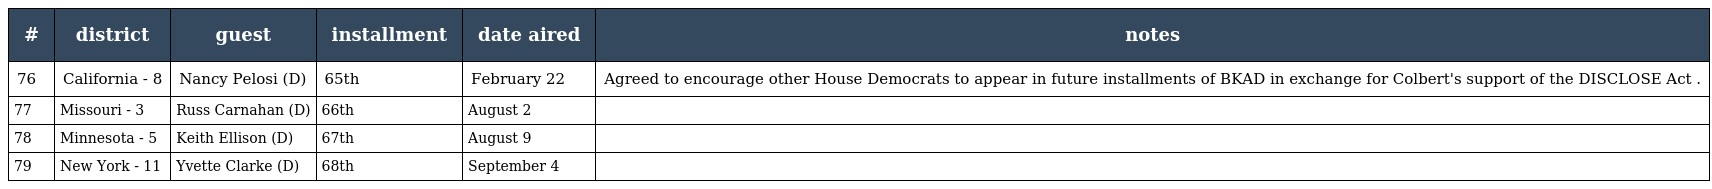
| # | district | guest | installment | date aired | notes |
 | --- | --- | --- | --- | --- | --- |
 | 76 | California - 8 | Nancy Pelosi (D) | 65th | February 22 | Agreed to encourage other House Democrats to appear in future installments of BKAD in exchange for Colbert's support of the DISCLOSE Act . |
 | 77 | Missouri - 3 | Russ Carnahan (D) | 66th | August 2 |  |
 | 78 | Minnesota - 5 | Keith Ellison (D) | 67th | August 9 |  |
 | 79 | New York - 11 | Yvette Clarke (D) | 68th | September 4 |  |